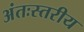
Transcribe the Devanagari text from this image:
अंतःस्तरीय